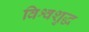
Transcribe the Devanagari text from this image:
विश्वशुद्ध